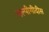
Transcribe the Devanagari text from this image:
सल्पीगीदीस